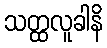
သတ္ထလူခါနိ